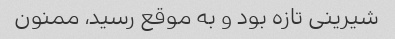
شیرینی تازه بود و به موقع رسید، ممنون